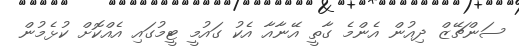
ސަންޗޭޒް ދިއުން އެންމެ ގާތީ އޭނާއާ އެކު ގައުމީ ޓީމުގައި އެއްކޮށް ކުޅެމުން